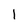
Character: 1